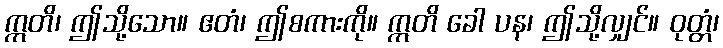
ဣတိ၊ ဤသို့သော။ ဧတံ၊ ဤစကားကို။ ဣတိ ခေါ ပန၊ ဤသို့လျှင်။ ဝုတ္တံ၊